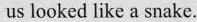
us looked like a snake.